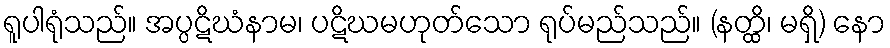
ရူပါရုံသည်။ အပ္ပဋိဃံနာမ၊ ပဋိဃမဟုတ်သော ရုပ်မည်သည်။ (နတ္ထိ၊ မရှိ) နော